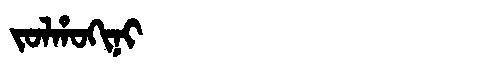
Manchu: ᠵᠣᠯᡥᠣᡴᡳᠨᡳ
Romanization: JOLHOKINI